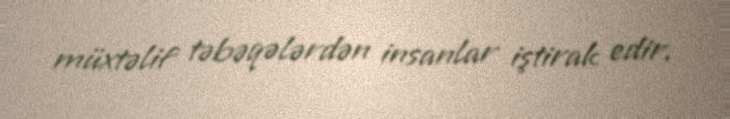
müxtəlif təbəqələrdən insanlar iştirak edir.